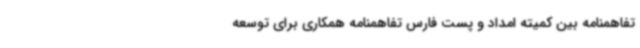
تفاهمنامه بین کمیته امداد و پست فارس تفاهمنامه همکاری برای توسعه